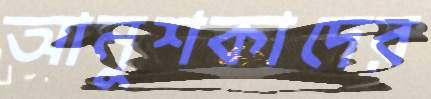
আনুশকাদের